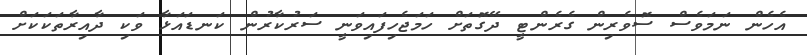
އެހެން ނަމަވެސް ސޮވެރިން ގެރެންޓީ ދޭގޮތަށް ހަމަޖެހިފައިވަނީ ސަރުކާރުން ކަނޑައަޅާ ވަކި ދާއިރާތަކަކަށް